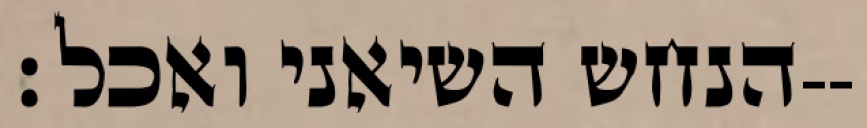
הנחש השיאני ואכל׃--